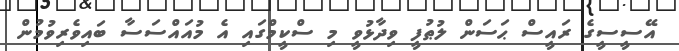
އޭސީސީގެ ރައީސް ޙަސަން ލުޠުފީ ވިދާޅުވީ މި ސްކީމްގައި އެ މުއައްސަސާ ބައިވެރިވުމުން